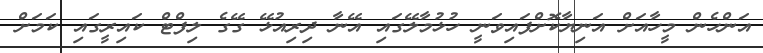
އަންހެން މީހާއަށް އަނިޔާކޮށްފައިވަނީ ހުޅުމާލޭގައި އޭނާ ދިރިއުޅޭ ގޭގެ ލިފްޓް ކައިރީގައި ކަމަށް